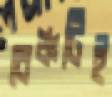
বেঞ্চটিই